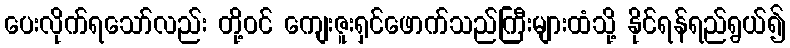
ပေးလိုက်ရသော်လည်း တို့ဝင် ကျေးဇူးရှင်ဖောက်သည်ကြီးများထံသို့ နိုင်ရန်ရည်ရွယ်၍